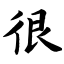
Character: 很